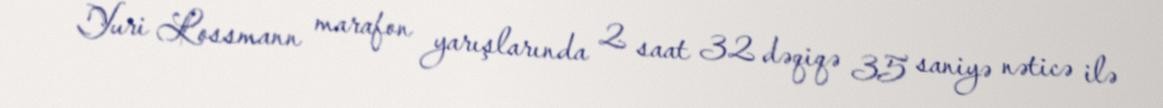
Yuri Lossmann marafon yarışlarında 2 saat 32 dəqiqə 35 saniyə nəticə ilə